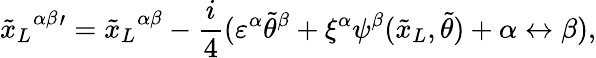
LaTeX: {{\tilde{x}_{L}}^{\alpha\beta}}{}^{\prime}={{\tilde{x}_{L}}^{\alpha\beta}}-\frac{i}{4}(\varepsilon^{\alpha}{\tilde{\theta}}^{\beta}+\xi^{\alpha}\psi^{\beta}({\tilde{x}_{L}},{\tilde{\theta}})+\alpha\leftrightarrow\beta),